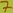
Text: 7